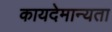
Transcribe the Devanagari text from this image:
कायदेमान्यता